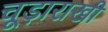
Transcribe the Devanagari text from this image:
चूड़ाराखी